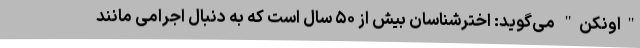
"اونکن" می‌گوید: اخترشناسان بیش از ۵۰ سال است که به دنبال اجرامی مانند